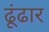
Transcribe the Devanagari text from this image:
ढूंढार